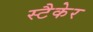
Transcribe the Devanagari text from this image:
स्टैकेर